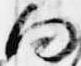
向